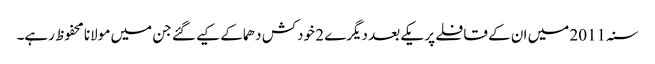
سنہ 2011 میں ان کے قافلے پر یکے بعد دیگرے 2 خودکش دھماکے کیے گئے جن میں مولانا محفوظ رہے۔